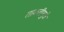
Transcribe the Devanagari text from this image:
ताकतीमुळे